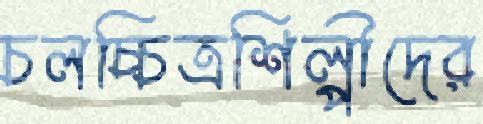
চলচ্চিত্রশিল্পীদের